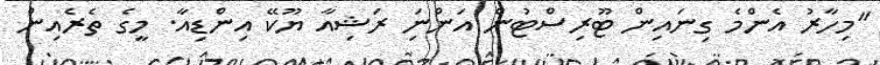
"މިހާރު އެންމެ ގިނައިން ޓޫރިސްޓުން އަންނަި ރަޝިއާ ޔޫކޭ އިންޑިއާ. މީގެ ތެރެއިން